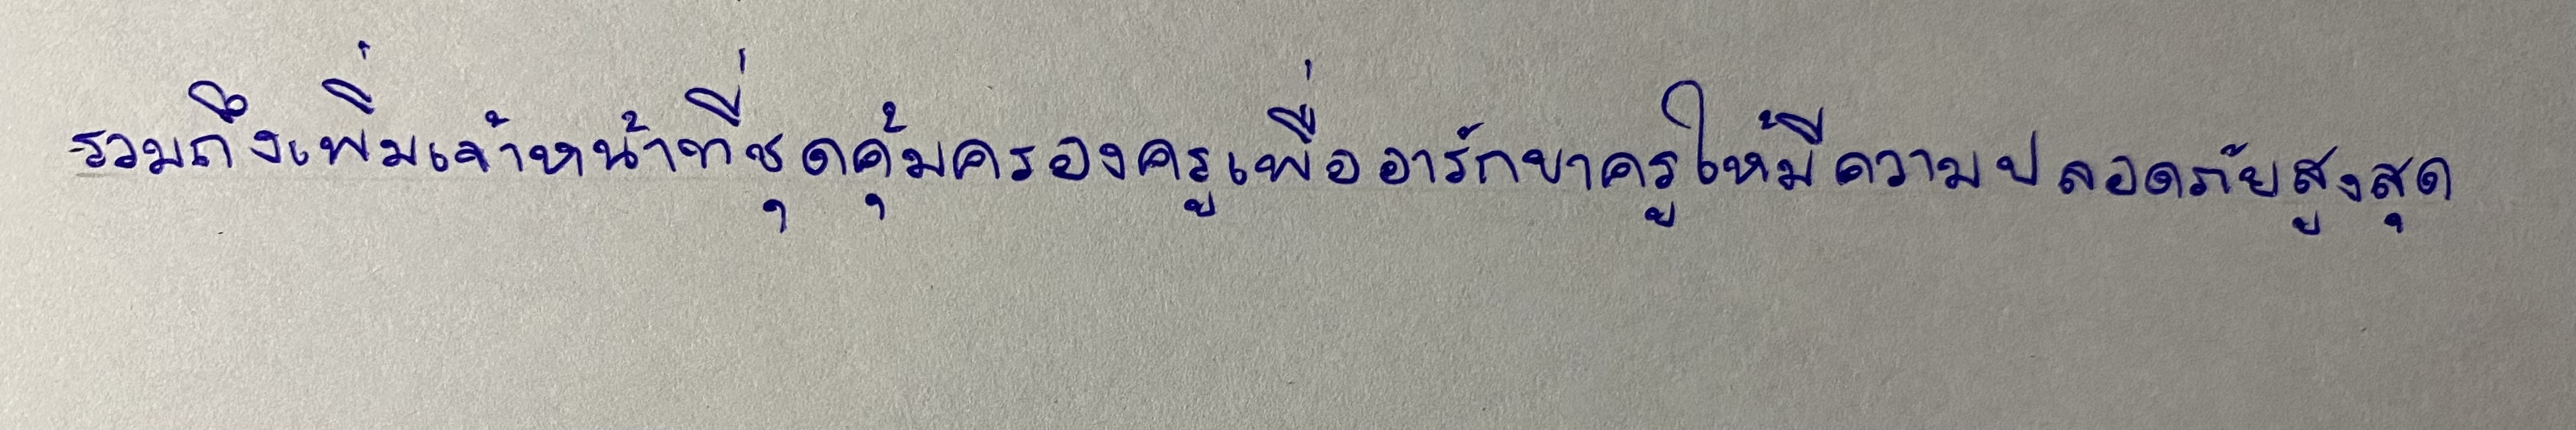
รวมถึงเพิ่มเจ้าหน้าที่ชุดคุ้มครองครูเพื่ออารักขาครูให้มีความปลอดภัยสูงสุด